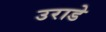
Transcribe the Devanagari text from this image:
उराडे